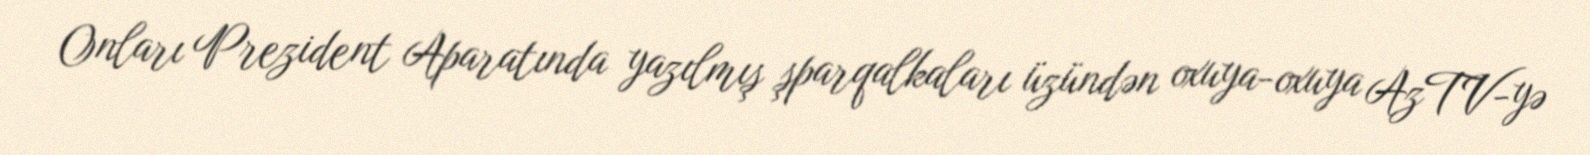
Onları Prezident Aparatında yazılmış şparqalkaları üzündən oxuya-oxuya AzTV-yə